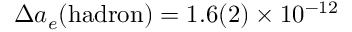
\Delta a _ { e } ( \mathrm { h a d r o n } ) = 1 . 6 ( 2 ) \times 1 0 ^ { - 1 2 }